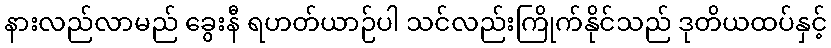
နားလည်လာမည် ခွေးနီ ရဟတ်ယာဉ်ပါ သင်လည်းကြိုက်နိုင်သည် ဒုတိယထပ်နှင့်